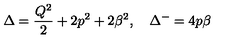
\Delta = \frac { Q ^ { 2 } } { 2 } + 2 p ^ { 2 } + 2 \beta ^ { 2 } , \quad \Delta ^ { - } = 4 p \beta